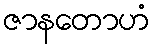
ဇာနတောဟံ